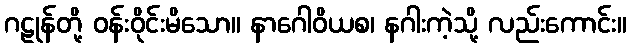
ဂဠုန်တို့ ဝန်းဝိုင်းမိသော။ နာဂေါဝိယစ၊ နဂါးကဲ့သို့ လည်းကောင်း။